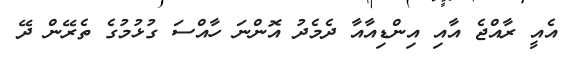
އެއީ ރާއްޖެ އާއި އިންޑިއާއާ ދެމެދު އޮންނަ ހާއްސަ ގުޅުމުގެ ތެރޭން ދޭ